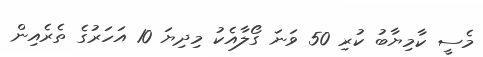
މެސީ ކާމިޔާބު ކުރި 50 ވަނަ ގޯލާއެކު މިދިޔަ 10 އަހަރުގެ ތެރެއިން